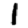
Digit: 1